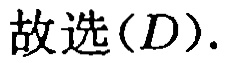
故选\((D)\).